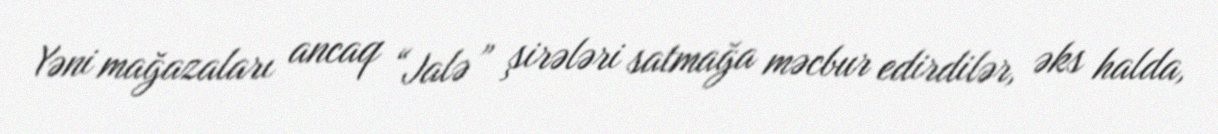
Yəni mağazaları ancaq “Jalə” şirələri satmağa məcbur edirdilər, əks halda,